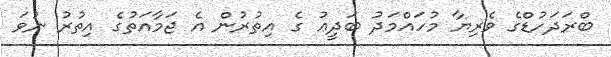
ބްރަދަހުޑްގެ ވެރިޔާ މުހައްމަދު ބަދީޢު ގެ އިތުރުން އެ ޖަމާއަތުގެ އިތުރު ނުވަ